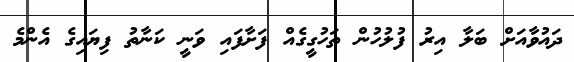
ދައުވާއަށް ބަލާ އިރު ފުލުހުން ތަހުގީގެއް ފަށާފައި ވަނީ ކަނާތު ފިޔައިގެ އެންމެ